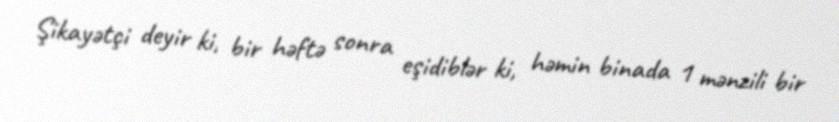
Şikayətçi deyir ki, bir həftə sonra eşidiblər ki, həmin binada 1 mənzili bir